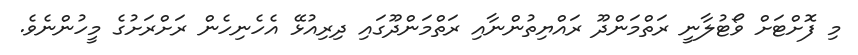
މި ފޮށްޓަށް ވޯޓުލާނީ ރަތްމަންދޫ ރައްޔިތުންނާއި ރަތްމަންދޫގައި ދިރިއުޅޭ އެހެނިހެން ރަށްރަށުގެ މީހުންނެވެ.